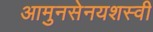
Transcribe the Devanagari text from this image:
आमुनसेनयशस्वी